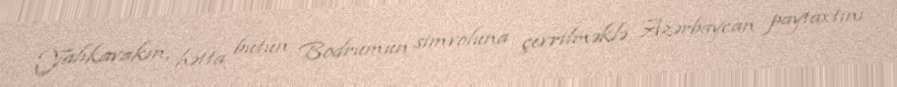
Yalıkavakın, hətta bütün Bodrumun simvoluna çevrilməklə Azərbaycan paytaxtını